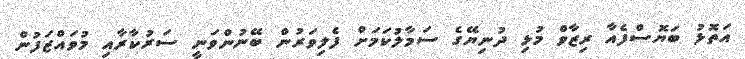
އަތޮޅު ބަޔޮސްފެއާ ރިޒާވް މުޅި ދުނިޔޭގެ ސަމާލުކަމަށް ފެލިވަރުން ބޭނުންވަނީ ސަރުކާރާއި މުވައްޒަފުން